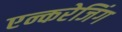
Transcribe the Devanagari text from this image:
एन्करेजिंग